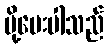
ပို့ပေးပါသည်